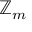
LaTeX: \mathbb { Z } _ { m }